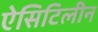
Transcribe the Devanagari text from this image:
ऐसिटिलीन